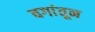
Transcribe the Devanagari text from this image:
वगांतून